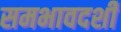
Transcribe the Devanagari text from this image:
समभावदर्शी